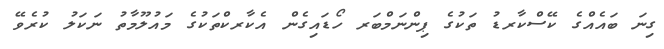
ގިނަ ބައެއްގެ ކޭސްކާރޑު ތަކުގެ ޕިންނަމްބަރ ހޯޑައިގެން އެކާރކްތަކުގެ މައުލޫމާތު ނަކަލު ކުރެވޭ